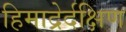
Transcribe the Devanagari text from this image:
हिमाद्रेर्दक्षिण